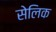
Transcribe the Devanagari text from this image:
सेलिक